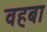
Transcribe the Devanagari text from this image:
वहबा